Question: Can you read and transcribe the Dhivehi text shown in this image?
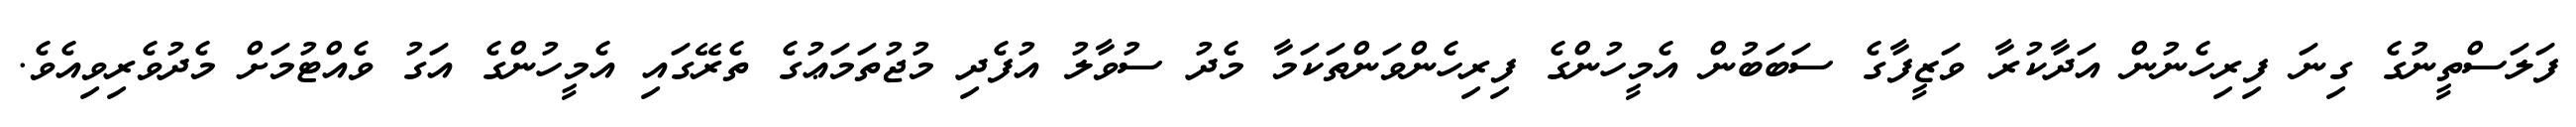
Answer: ފަލަސްތީނުގެ ގިނަ ފިރިހެނުން އަދާކުރާ ވަޒީފާގެ ސަބަބުން އެމީހުންގެ ފިރިހެންވަންތަކަމާ މެދު ސުވާލު އުފެދި މުޖުތަމަޢުގެ ތެރޭގައި އެމީހުންގެ އަގު ވެއްޓުމަށް މެދުވެރިވިއެވެ.